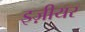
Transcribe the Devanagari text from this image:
इज़ीयर